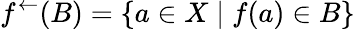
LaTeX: f^{\leftarrow}(B)=\{ a\in X\; |\; f(a)\in B\}